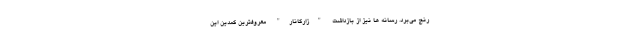
رنج می‌برد. رسانه ها نیز از بازداشت "زارگانار" معروفترین کمدین این